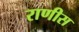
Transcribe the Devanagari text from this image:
राणीस